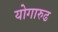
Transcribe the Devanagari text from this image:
योगारुढ